Indian journal of veterinary science and animal husbandry - Volumes 15-17, 1948-1951
Year: 1948
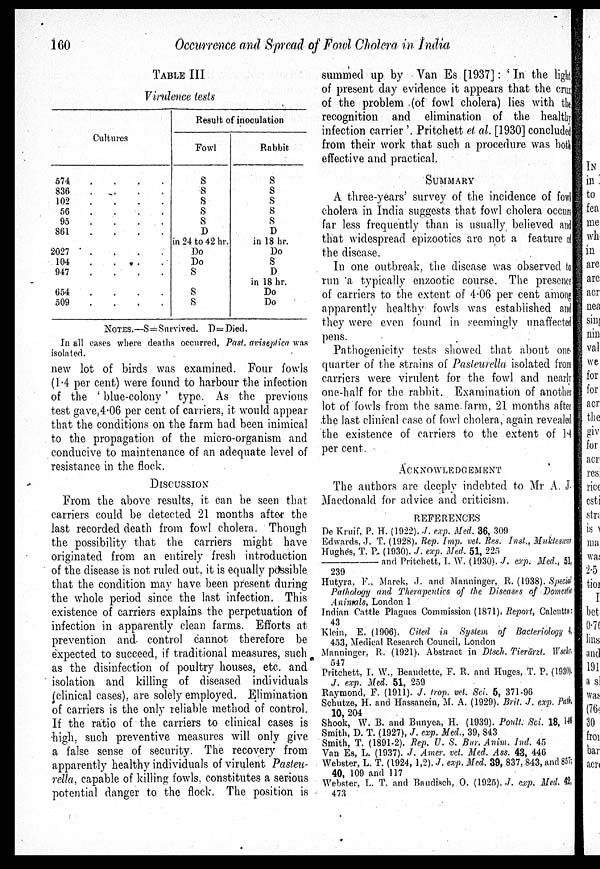
160
Occurrence and Spread of Fowl Cholera in India
TABLE III
Virulence tests
Cultures
574
.
.
. .
836
.
.
.
.
102
.
.
.
56
.
.
.
.
95
.
.
.
.
861
.
.
.
.
2027 . . . .
104
.
.
.
.
947
.
.
.
.
654
.
.
.
.
509
.
.
.
.
Result of inoculation
Fowl
S
S
S
S
S D
in 24 to 42 hr.
Do
Do
S
S
S
Rabbit
S
S
S
S
S D
in 18 hr.
Do
S
D
in 18 hr.
Do
Do
NOTES.—S=Survived. D=Died.
In all cases where deaths occurred, Past. aviseptica was
isolated.
new lot of birds was examined. Four fowls
(1.4 per cent) were found to harbour the infection
of the 'blue-colony' type. As the previous
test gave 4.06 per cent of carriers, it would appear
that the conditions on the farm had been inimical
to the propagation of the micro-organism and
conducive to maintenance of an adequate level of
resistance in the flock.
DISCUSSION
From the above results, it can be seen that
carriers could be detected 21 months after the
last recorded death from fowl cholera. Though
the possibility that the carriers might have
originated from an entirely fresh introduction
of the disease is not ruled out. it is equally possible
that the condition may have been present during
the whole period since the last infection. This
existence of carriers explains the perpetuation of
infection in apparently clean farms. Efforts at
prevention and control cannot therefore be
expected to succeed, if traditional measures, such
as the disinfection of poultry houses, etc. and
isolation and killing of diseased individuals
(clinical cases), are solely employed. Elimination
of carriers is the only reliable method of control.
If the ratio of the carriers to clinical cases is
high, such preventive measures will only give
a false sense of security. The recovery from
apparently healthy individuals of virulent Pasteu-
rella, capable of killing fowls, constitutes a serious
potential danger to the flock. The position is
summed up by Van Es [1937]: 'In the light
of present day evidence it appears that the crux
of the problem (of fowl cholera) lies with the
recognition and elimination of the healthy
infection carrier'. Pritchett et al. [1930] concluded
from their work that such a procedure was both
effective and practical.
SUMMARY
A three-years' survey of the incidence of fowl
cholera in India suggests that fowl cholera occurs
far less frequently than is usually believed and
that widespread epizootics are not a feature of
the disease.
In one outbreak, the disease was observed t o
run a typically enzootic course. The presence
of carriers to the extent of 4.06 per cent among
apparently healthy fowls was established and
they were even found in seemingly unaffected
pens.
Pathogenicity tests showed that about one
quarter of the strains of Pasteurella isolated from
carriers were virulent for the fowl and nearly
one-half for the rabbit. Examination of another
lot of fowls from the same farm, 21 months after
the last clinical case of fowl cholera, again revealed
the existence of carriers to the extent of 1. 4
per cent.
ACKNOWLEDGEMENT
The authors are deeply indebted to Mr A. J.
Macdonald for advice and criticism.
REFERENCES
De Kruif. P. H. (1922). J. exp. Med. 36, 309
Edwards. J. T. (1928). Rep. Imp. vet. Res. Inst., Mukteswar
Hughes. T. P. (1930). J. exp. Med. 51, 225
——
and Pritchett, I. W. (1930). J. exp. Med., 51,
239
Hutyra, F., Marek, J. and Manninger, R. (1938). Special
Pathology and Therapeutics of the Diseases of Domestic
Animals, London 1
Indian Cattle Plagues Commission (1871). Report, Calcutta:
43
Klein, E. (1906). Cited in System of Bacteriology 4,
453, Medical Research Council, London
Manninger, R. (1921). Abstract in Dtsch. Tierärzt. Wschr.
547
Pritchett, I. W., Beaudette, F. R. and Huges, T. P. (1930).
J. exp. Med. 51, 259
Raymond, F. (1911). J. trop. vet. Sci. 5, 371-96
Schutze, H. and Hassanein, M. A. (1929). Brit. J. exp. Path.
10, 204
Shook, W. B. and Bunyea, H. (1939). Poult. Sci. 18, 146
Smith, D. T. (1927), J. exp. Med., 39, 843
Smith, T. (1891-2). Rep. U. S. Bur. Anim. Ind. 45
Van Es, L. (1937). J. Amer. vet. Med, Ass. 43, 446
Webster, L. T. (1924, 1,2). J. exp. Med. 39, 837, 843, and 857;
40, 109 and 117
Webster, L. T. and Baudisch, O. (1925), J. exp. Med. 42,
473